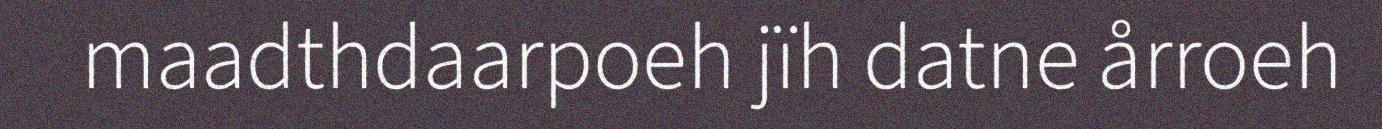
maadthdaarpoeh jïh datne årroeh